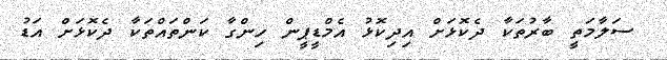
ސަލާމަތީ ބާރުތަކާ ދެކޮޅަށް އިދިކޮޅު އެމްޑީޕީން ހިންގާ ކަންތައްތަކާ ދެކޮޅަށް އަޑު